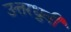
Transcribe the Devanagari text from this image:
उत्तरध्रुवी